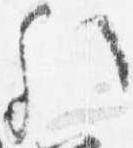
歟